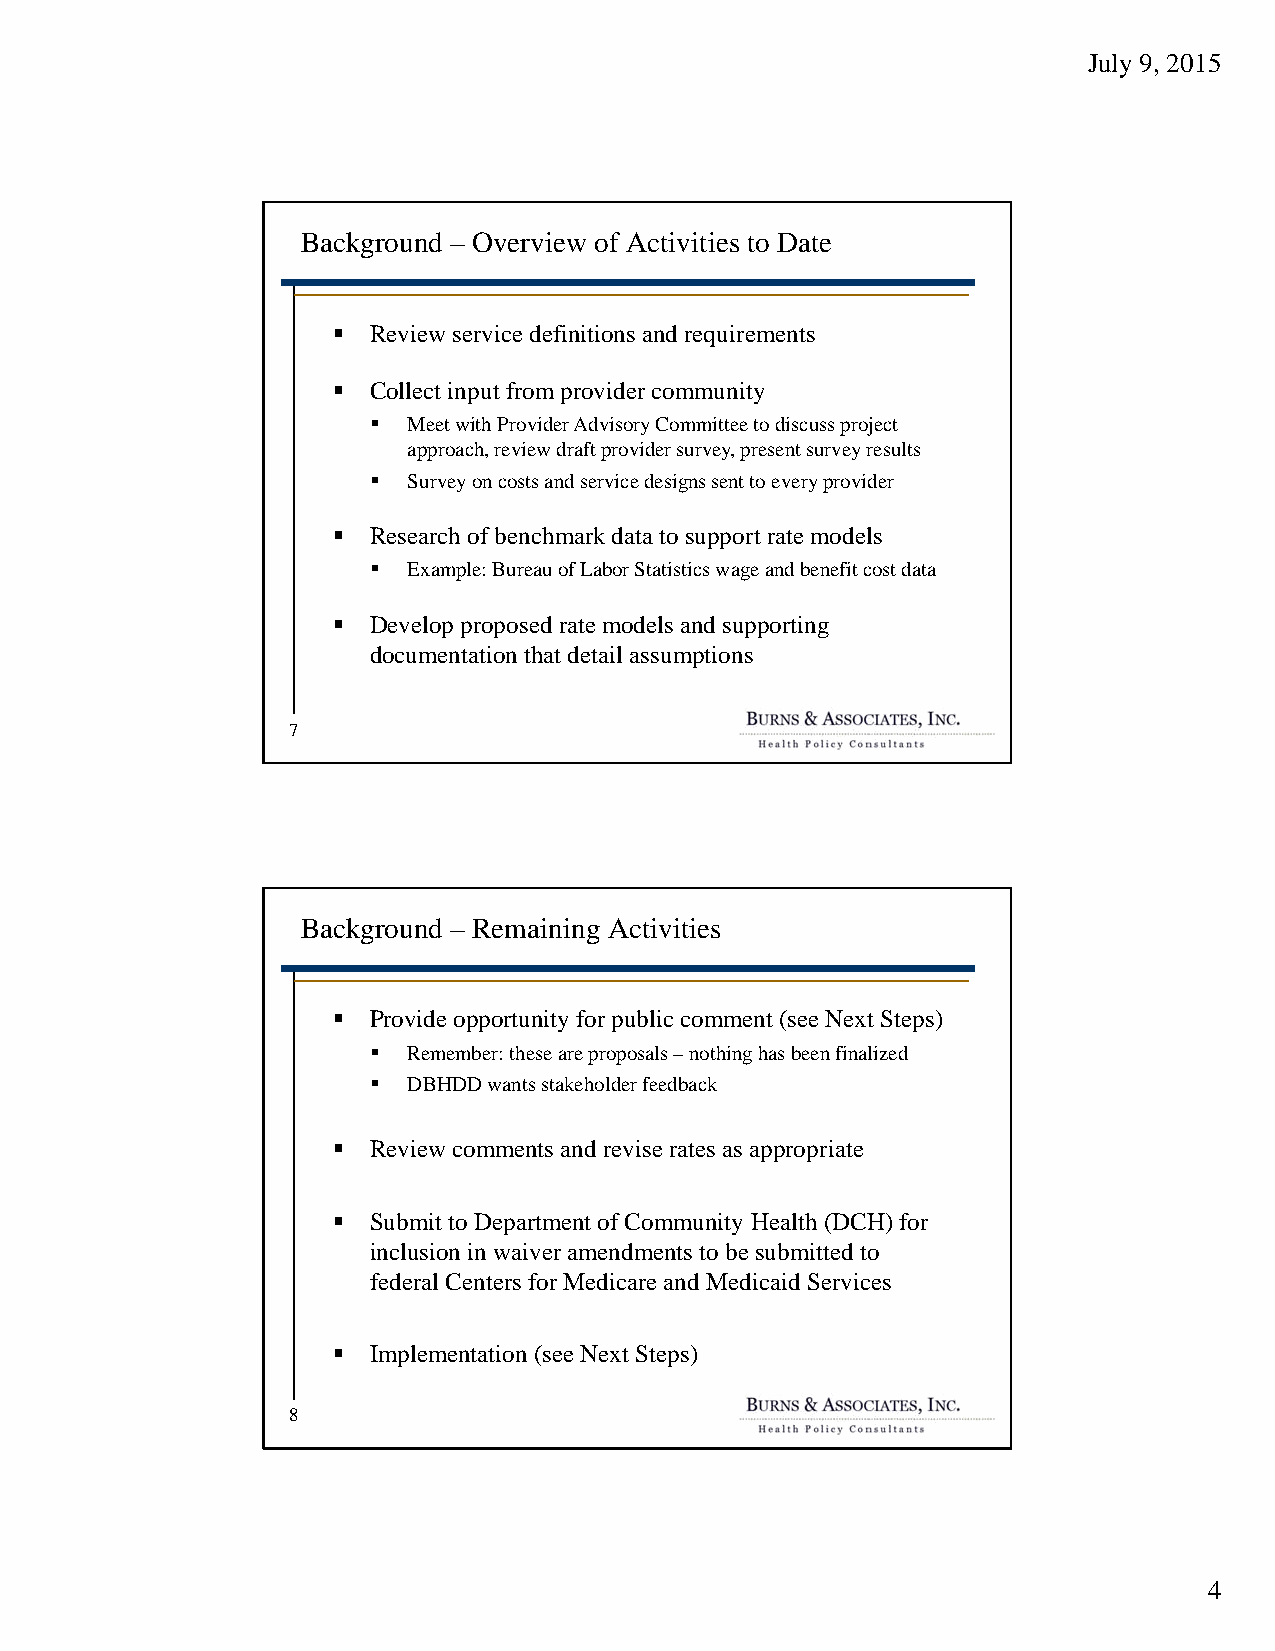
July 9, 2015
 Background – Overview of Activities to Date
  Review service definitions and requirements
  Collect input from provider community
   Meet with Provider Advisory Committee to discuss project
 approach, review draft provider survey, present survey results
   Survey on costs and service designs sent to every provider
  Research of benchmark data to support rate models
   Example: Bureau of Labor Statistics wage and benefit cost data
  Develop proposed rate models and supporting
 documentation that detail assumptions
 7
 Background – Remaining Activities
  Provide opportunity for public comment (see Next Steps)
   Remember: these are proposals –nothing has been finalized
   DBHDD wants stakeholder feedback
  Review comments and revise rates as appropriate
  Submit to Department of Community Health (DCH) for
 inclusion in waiver amendments to be submitted to
 federal Centers for Medicare and Medicaid Services
  Implementation (see Next Steps)
 8
 4